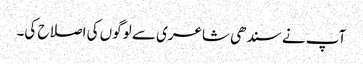
آپ نے سندھی شاعری سے لوگوں کی اصلاح کی۔